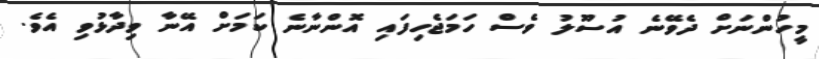
މީހުންނަށް ދެވޭނެ އުސޫލު ވެސް ހަމަޖެހިފައި އޮންނާނެ ކަމަށް އޭނާ ވިދާޅުވި އެވެ.